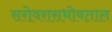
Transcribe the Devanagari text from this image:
सरोवरासभोवताल